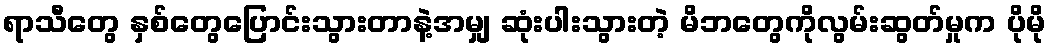
ရာသီတွေ နှစ်တွေပြောင်းသွားတာနဲ့အမျှ ဆုံးပါးသွားတဲ့ မိဘတွေကိုလွမ်းဆွတ်မှုက ပိုမို